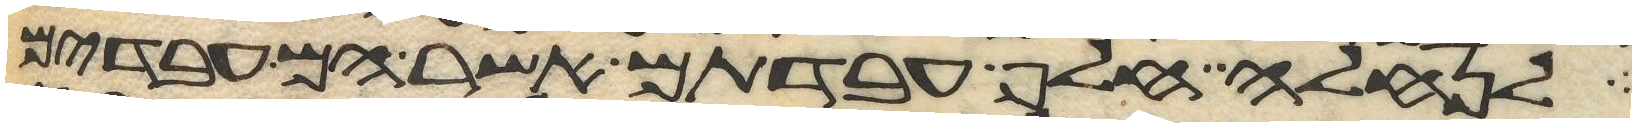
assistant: לנחלה חלף עבדתם אשר הם עבדים